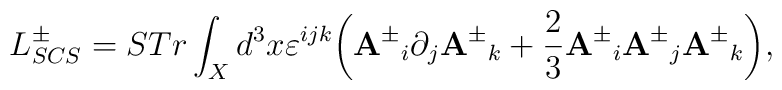
L^{\pm}_{SCS}=STr\int_X d^3x\varepsilon^{ijk} \bigg({{\bf A}^{\pm}}_i\partial_j {{\bf A}^{\pm}}_k+\frac{2}{3} {{\bf A}^{\pm}}_i {{\bf A}^{\pm}}_j {{\bf A}^{\pm}}_k \bigg),